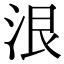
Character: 泿